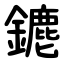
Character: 䥝